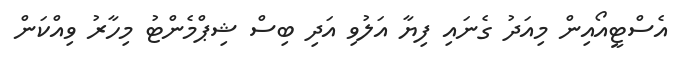
އެސްޓީއޯއިން މިއަދު ގެނައި ފިޔާ އަލުވި އަދި ބިސް ޝިޕްމެންޓު މިހާރު ވިއްކަން